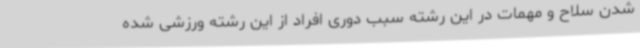
شدن سلاح و مهمات در این رشته سبب دوری افراد از این رشته ورزشی شده